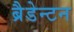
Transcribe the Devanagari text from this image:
ब्रैडेन्टन